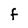
Character: f